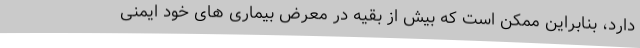
دارد، بنابراین ممکن است که بیش از بقیه در معرض بیماری های خود ایمنی